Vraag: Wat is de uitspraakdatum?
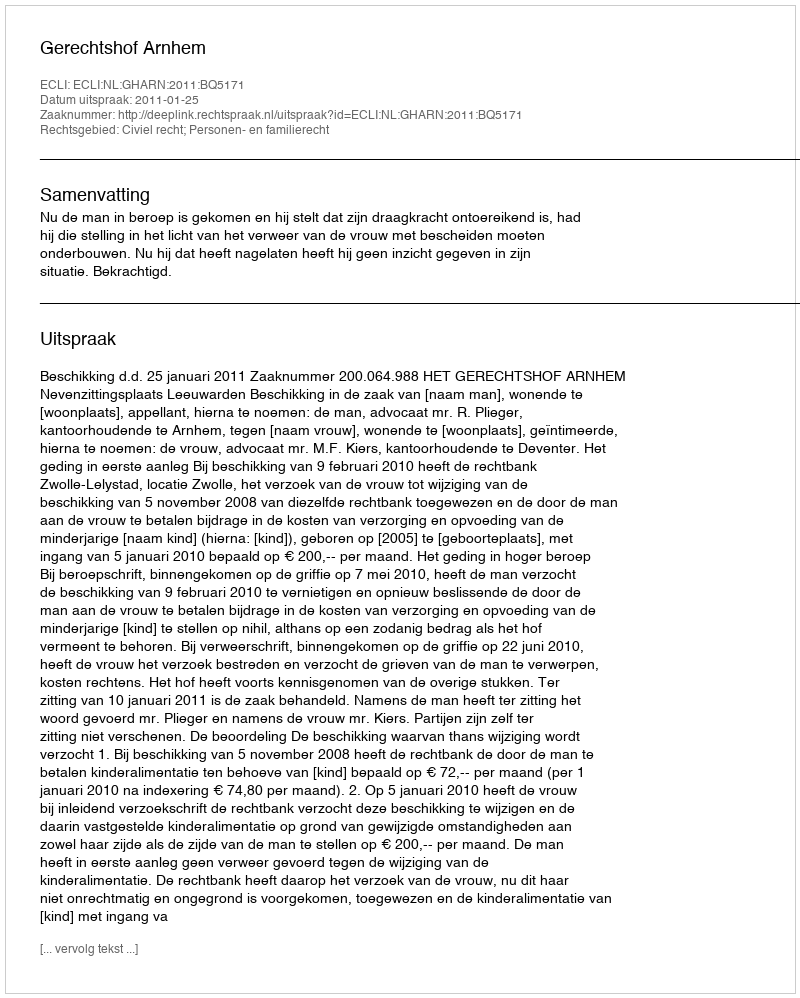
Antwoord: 2011-01-25